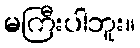
မကြီးပါဘူး။